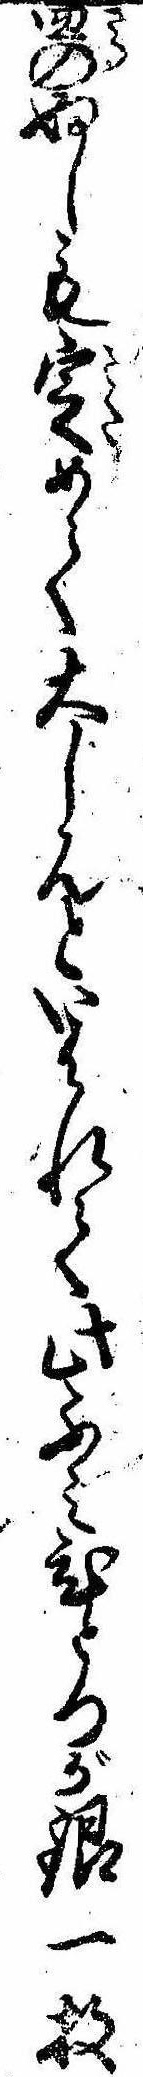
皿のぬしも定めて大しんといはれて此ふみひとつが銀一枚